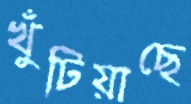
খুঁটিয়াছে